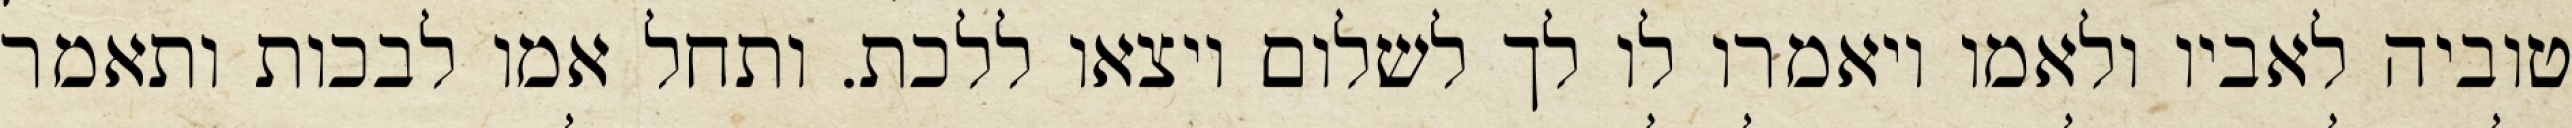
טוביה לאביו ולאמו ויאמרו לו לך לשלום ויצאו ללכת. ותחל אמו לבכות ותאמר